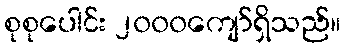
စုစုပေါင်း ၂၀၀၀ကျော်ရှိသည်။